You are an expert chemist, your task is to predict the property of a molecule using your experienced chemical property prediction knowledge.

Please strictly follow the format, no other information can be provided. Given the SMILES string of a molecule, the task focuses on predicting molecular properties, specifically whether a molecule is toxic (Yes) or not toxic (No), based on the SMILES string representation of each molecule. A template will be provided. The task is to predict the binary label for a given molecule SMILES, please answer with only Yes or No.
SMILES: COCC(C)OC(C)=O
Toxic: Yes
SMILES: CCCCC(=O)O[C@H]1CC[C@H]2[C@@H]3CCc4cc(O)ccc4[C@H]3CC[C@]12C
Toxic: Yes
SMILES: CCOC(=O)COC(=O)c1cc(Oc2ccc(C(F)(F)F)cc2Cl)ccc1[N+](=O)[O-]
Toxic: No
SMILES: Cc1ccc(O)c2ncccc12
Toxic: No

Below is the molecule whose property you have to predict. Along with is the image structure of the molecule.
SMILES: COC(=O)c1sccc1S(=O)(=O)NC(=O)Nc1nc(C)nc(OC)n1
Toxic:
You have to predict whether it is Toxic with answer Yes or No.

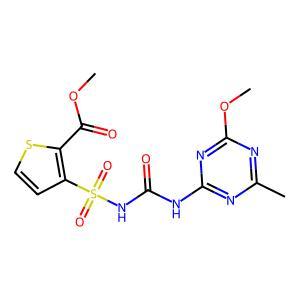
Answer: No